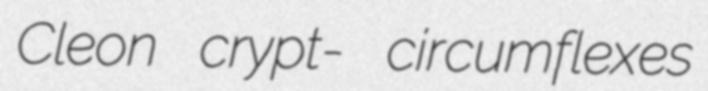
Cleon crypt- circumflexes